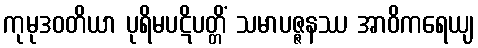
ကုမုဒဝတိယာ ပုရိမပဋိပတ္တိံ သမာပဇ္ဇနဿ အာဝိကရေယျ